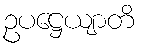
ဥပဋ္ဌေယျာတိ